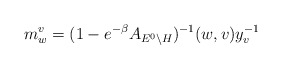
\begin{align*}m^v_w=(1-e^{-\beta}A_{E^0\backslash H})^{-1}(w,v)y_v^{-1}\quad\end{align*}